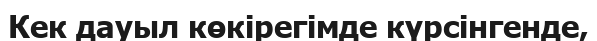
Кек дауыл көкірегімде күрсінгенде,